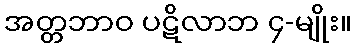
အတ္တဘာဝ ပဋိလာဘ ၄-မျိုး။